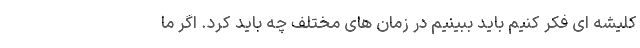
کلیشه ای فکر کنیم باید ببینیم در زمان های مختلف چه باید کرد. اگر ما